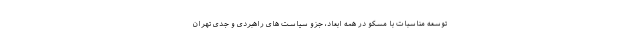
توسعه مناسبات با مسکو در همه ابعاد، جزو سیاست های راهبردی و جدی تهران